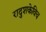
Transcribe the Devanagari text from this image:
रादुशकेविच